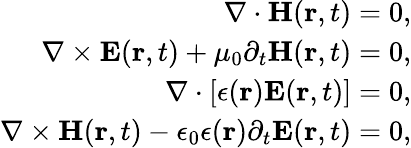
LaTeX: \begin{array}{r}{\nabla\cdot{\mathbf H}({\mathbf r},t)=0,}\\ {\nabla\times{\mathbf E}({\mathbf r},t)+\mu_{0}\partial_{t}{\mathbf H}({\mathbf r},t)=0,}\\ {\nabla\cdot[\epsilon({\mathbf r}){\mathbf E}({\mathbf r},t)]=0,}\\ {\nabla\times{\mathbf H}({\mathbf r},t)-\epsilon_{0}\epsilon({\mathbf r})\partial_{t}{\mathbf E}({\mathbf r},t)=0,}\end{array}